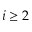
i \geq 2